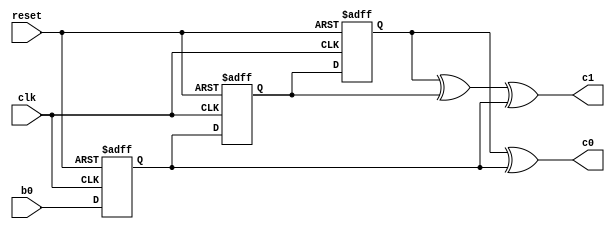
//
// This is a Verilog description of a basic convolutional
// encoder. The "encoding rate" is 1/2, meaning every 1 bit
// that goes into the encoder generates two output bits. That is,
// every bit is encoded by two bits.
//
module convEncoder (
	input wire reset, // the active-high reset signal for the shift register
	input wire clk, // the clock signal that drives all the flip-flops
	input wire b0, // the bit going into the encoder
	output wire c0, // the first output bit
	output wire c1 // the second output bit
	);
	
	// ==== Define some useful internal signals ====
	reg FF1; // flip-flop 1 of the 3 flip-flop register
	reg FF2; // and flip-flop 2 etc.
	reg FF3;
	
	// ==== Output bits Logic ====
	// we can specify how each of the two bits is computed or calculated:
	assign c0 = (FF3 ^ FF1); // the first bit is the XOR between the outputs of flip-flop 1 and 3
	assign c1 = (FF3 ^ FF2 ^ FF1); // the second bit is the XOR between the outputs of all three flip-flops
	
	// ==== Shift register Logic ====
	always @ (posedge clk or posedge reset)
	begin
		if (reset) // i.e., if reset == 1
		begin
			FF3 <= 1'b0;
			FF2 <= 1'b0;
			FF1 <= 1'b0;
		end
		else // else, we are at the rising edge of a clock pulse
		begin
			FF3 <= FF2;
			FF2 <= FF1; // flip-flop 2 is loaded with the output of flip-flop 1 etc.
			FF1 <= b0; // flip-flop 1 takes whatever the input bit is
		end
	end
	
endmodule